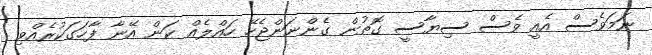
ނަމަވެސް އެއީ ވެސް ސިޔާސީ ގޮތުން ގެންނަންޖެހޭ ހައްލެއް ކަން އޭނާ ފާހަގަކުރެއްވި